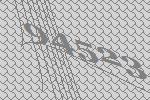
94523